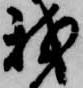
我